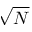
\sqrt { N }